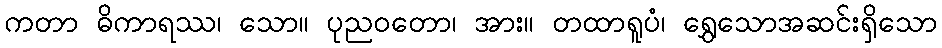
ကတာ ဓိကာရဿ၊ သော။ ပုညဝတော၊ အား။ တထာရူပံ၊ ရွှေသောအဆင်းရှိသော